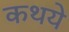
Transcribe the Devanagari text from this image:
कथये